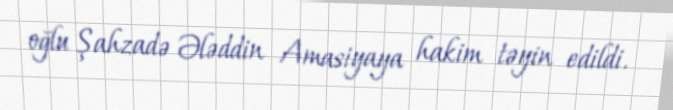
oğlu Şahzadə Ələddin Amasiyaya hakim təyin edildi.